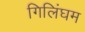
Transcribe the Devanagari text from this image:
गिलिंघम